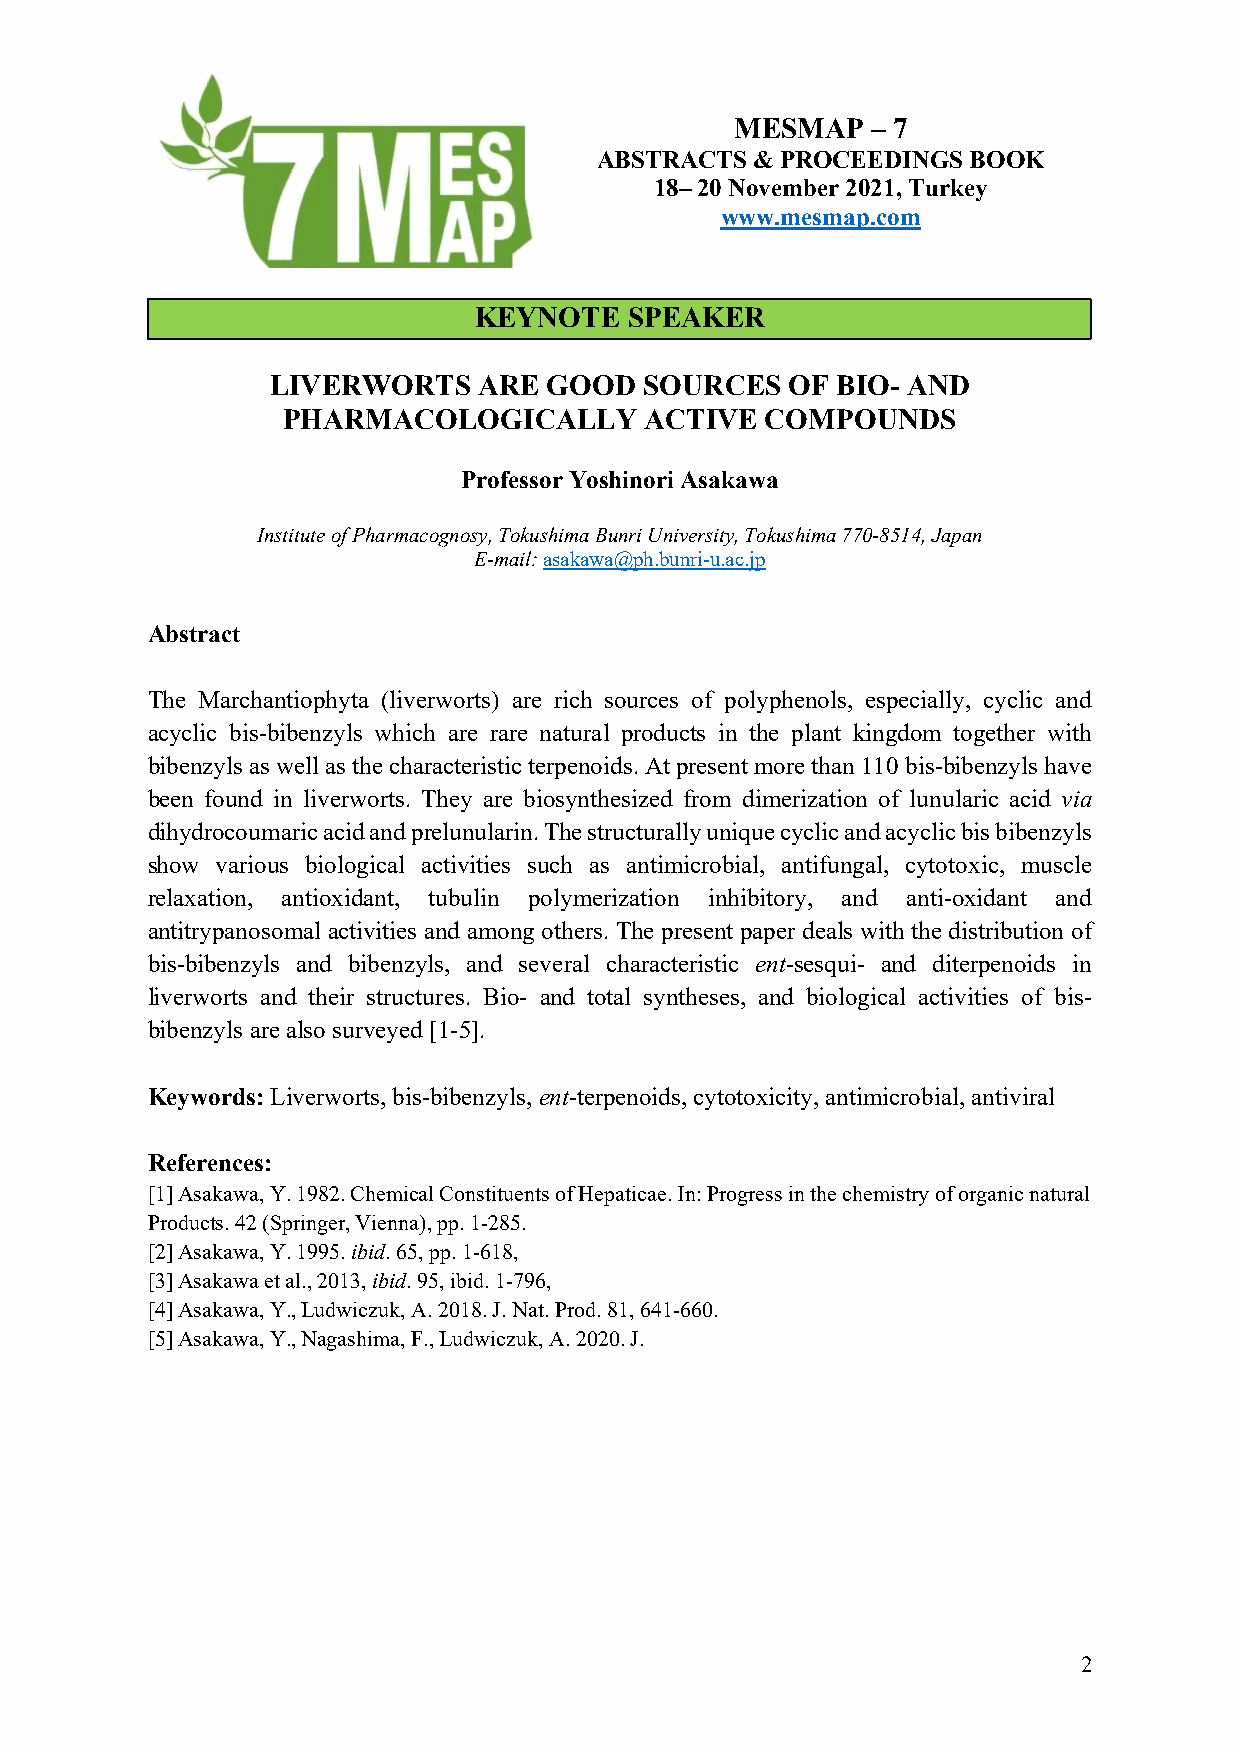
MESMAP   – 7
 ABSTRACTS  & PROCEEDINGS BOOK
 18– 20 November 2021, Turkey
 www.mesmap.com
 KEYNOTE    SPEAKER
 LIVERWORTS    ARE GOOD   SOURCES  OF BIO- AND
 PHARMACOLOGICALLY       ACTIVE  COMPOUNDS
 Professor Yoshinori Asakawa
 Institute of Pharmacognosy, Tokushima Bunri University, Tokushima 770-8514, Japan
 E-mail: asakawa@ph.bunri-u.ac.jp
 Abstract
 The Marchantiophyta (liverworts) are rich sources of polyphenols, especially, cyclic and
 acyclic bis-bibenzyls which are rare natural products in the plant kingdom together with
 bibenzyls as well as the characteristic terpenoids. At present more than 110 bis-bibenzyls have
 been found in liverworts. They are biosynthesized from dimerization of lunularic acid via
 dihydrocoumaric acid and prelunularin. The structurally unique cyclic and acyclic bis bibenzyls
 show various biological activities such as antimicrobial, antifungal, cytotoxic, muscle
 relaxation, antioxidant, tubulin polymerization inhibitory, and anti-oxidant and
 antitrypanosomal activities and among others. The present paper deals with the distribution of
 bis-bibenzyls and bibenzyls, and several characteristic ent-sesqui- and diterpenoids in
 liverworts and their structures. Bio- and total syntheses, and biological activities of bis-
 bibenzyls are also surveyed [1-5].
 Keywords: Liverworts, bis-bibenzyls, ent-terpenoids, cytotoxicity, antimicrobial, antiviral
 References:
 [1] Asakawa, Y. 1982. Chemical Constituents of Hepaticae. In: Progress in the chemistry of organic natural
 Products. 42 (Springer, Vienna), pp. 1-285.
 [2] Asakawa, Y. 1995. ibid. 65, pp. 1-618,
 [3] Asakawa et al., 2013, ibid. 95, ibid. 1-796,
 [4] Asakawa, Y., Ludwiczuk, A. 2018. J. Nat. Prod. 81, 641-660.
 [5] Asakawa, Y., Nagashima, F., Ludwiczuk, A. 2020. J.
 2